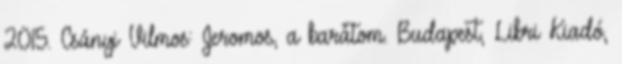
2015. Csányi Vilmos: Jeromos, a barátom. Budapest, Libri Kiadó,